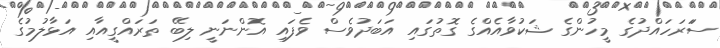
ސަަރަހައްދުގެ މީހުންގެ ޝަކުވާއެއްގެ ގޮތުގައި އަބަދުވެސް ވެފައި އޮންނަނީ ލިބޭ ތަރައްގީއާއި އަޅާލުމުގެ